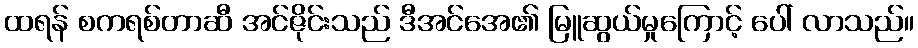
ထရန် စကရစ်တာဆီ အင်ဇိုင်းသည် ဒီအင်အေ၏ မြူဆွယ်မှုကြောင့် ပေါ် လာသည်။